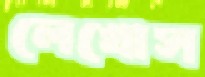
লেখোস